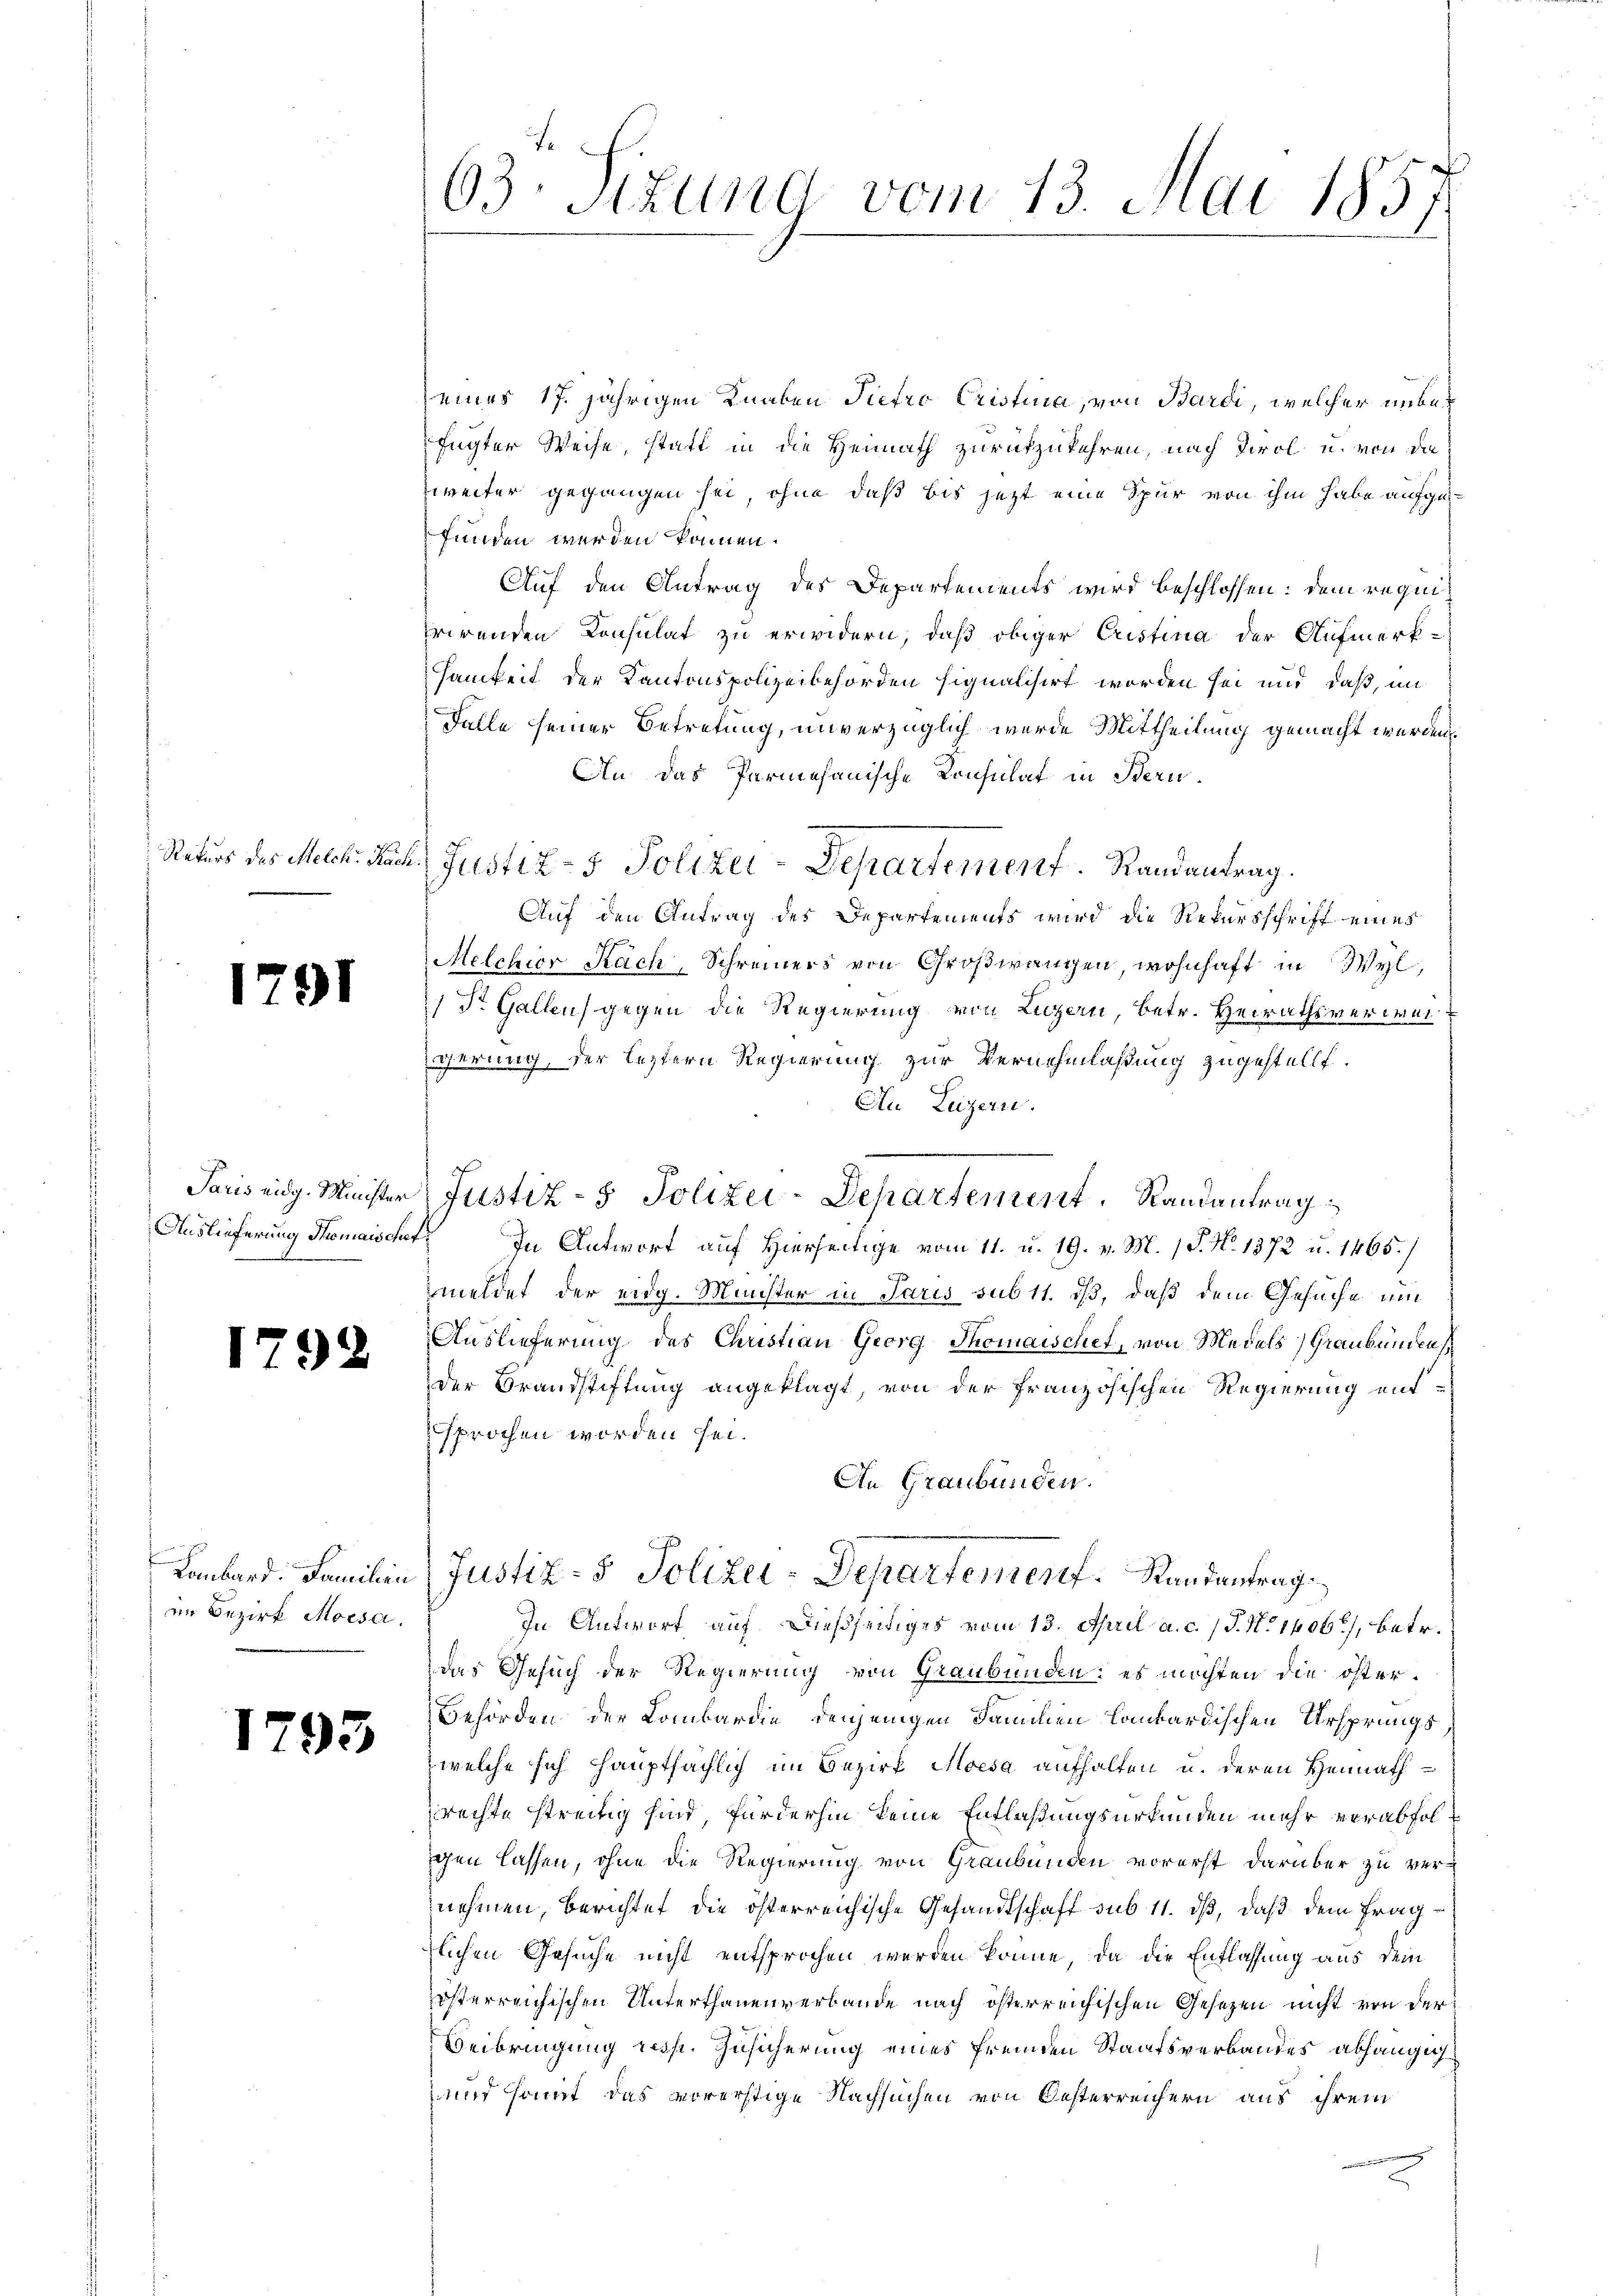
791

.

)

.

im Bezirk Moesa.

1793

63. Sizung vom 13. Mai 1857.

eines 17. jährigen Knaben Pietro Cristina, von Bardi, welcher unbefügter Weise, statt in die Heimath zurückzukehren, nach Tirol u. von da
weiter gegangen sei, ohne daß bis jetzt eine Spur von ihm habe aufgefunden werden können.
Auf den Antrag des Departements wird beschlossen: dem requifrirenden Consulat zu erwidern, daß obiger Cristina der Aufmerk-
samkeit der Kantonspolizeibehörden signalisirt worden sei und daß, im
Falle seiner Betretung, unverzüglich wurde Mittheilung gemacht werden
An das Parmesanische Konsulat in Bern.
Rekurs des Meck. Nach Justiz- & Polizei-Departement. Randantrag.
Auf den Antrag des Departements wird die Rekursschrift eines
Melchior Rach, Schreiners von Großwangen, wohnhaft in Wyl,
St. Gallen gegen die Regierung von Luzern, betr. Heirathsverweigerung, der leztern Regierung zur Vernehmlaßung zugestellt.
Au Luzern.
Paris eidg. Minister Justiz- & Polizei-Departement. Randantrag
Auslieferung Thomaischet. In Antwort auf Hierseitige vom 11. u. 19. v. M. 18. No. 1372 u. 1465.)
meldet der eidg. Minister in Paris sub 11. ist, daß dem Gesuche um
Auslieferung des Christian Georg Thomaischet, von Medels Graubünden s
der Brandstiftung angeklagt, von der französischen Regierung entsprochen worden sei.
An Graubünden.
Lombard. Familien Justiz- & Polizei-Departement. Randantrag
In Antwort auf dießseitiges vom 13. April a. c. (T. No 1406), betr.
das Gesuch der Regierung von Graubünden: es möchten die öster¬
Behörden der Lombardie denjenigen Familien Lombardischen Ursprungs
welche sich hauptsächlich im Bezirk Moesa aufhalten u. deren Heimathrechte streitig sind, fürderhin keine Entlaßungsurkunden mehr verabfolgen lassen, ohne die Regierung von Graubünden vorerst darüber zu vernehmen, berichtet die österreichische Gesandtschaft sub 11. ds, daß dem Fragtlichen Gesuche nicht entsprochen werden könne, da die Entlassung aus dem
österreichischen Unterthanenverbande nach österreichischen Gesezen nicht von der
Beibringung resp. Zusicherung eines fremden Staatsverbandes abhängig
und samt das vorerstige Nachsuchen von Oesterreichern aus ihrem
n einen
x